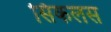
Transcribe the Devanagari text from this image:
सिकलस